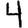
Digit: 4